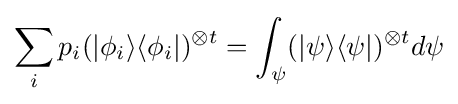
\sum _{i}p_{i}(|\phi _{i}\rangle \langle \phi _{i}|)^{\otimes t}=\int _{\psi }(|\psi \rangle \langle \psi |)^{\otimes t}d\psi